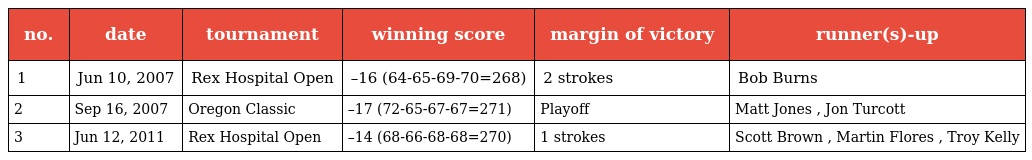
| no. | date | tournament | winning score | margin of victory | runner(s)-up |
 | --- | --- | --- | --- | --- | --- |
 | 1 | Jun 10, 2007 | Rex Hospital Open | –16 (64-65-69-70=268) | 2 strokes | Bob Burns |
 | 2 | Sep 16, 2007 | Oregon Classic | –17 (72-65-67-67=271) | Playoff | Matt Jones , Jon Turcott |
 | 3 | Jun 12, 2011 | Rex Hospital Open | –14 (68-66-68-68=270) | 1 strokes | Scott Brown , Martin Flores , Troy Kelly |